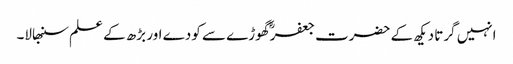
انہیں گرتا دیکھ کے حضرت جعفرؓ گھوڑے سے کودے اور بڑھ کے علم سنبھالا۔